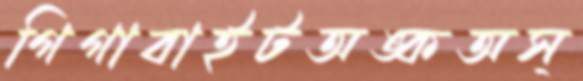
গিগাবাইটঅঙ্কঅস্